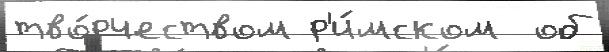
тво́рчеством р'и́мском  об